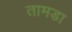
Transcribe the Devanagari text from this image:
तामडा